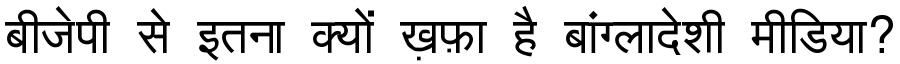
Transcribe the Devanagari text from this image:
बीजेपी से इतना क्यों ख़फ़ा है बांग्लादेशी मीडिया?